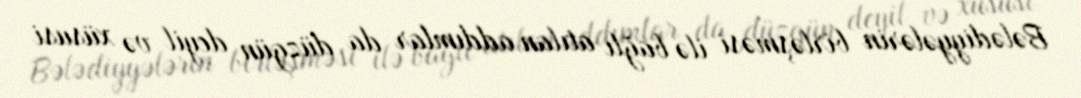
Bələdiyyələrin birləşməsi ilə bağlı atılan addımlar da düzgün deyil və xüsusi